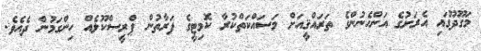
މަގޫދޫގައި އެރަށުގެ އަންހެނުންގެ ތަރައްޤީއަށް މަސައްކަތްކުރާ ކޮމިޓީގެ ފަރާތުން ޕްރީސްކޫލެއް ހިންގަމުން ދެއެވެ.